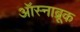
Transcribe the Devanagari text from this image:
ऑस्नाब्रूक